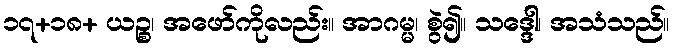
၁၇+၁၈+ ယဉ္စ၊ အဖော်ကိုလည်း။ အာဂမ္မ၊ စွဲ၍။ သဒ္ဒေါ၊ အသံသည်။